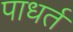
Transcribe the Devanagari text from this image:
पाधर्त